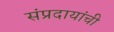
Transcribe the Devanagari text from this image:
संप्रदायांची